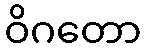
ဝိဂတော